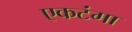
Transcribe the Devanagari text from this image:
एकटंगा